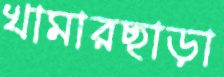
খামারছাড়া